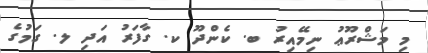
މި މަޝްރޫޢު ނިމޭއިރު ބ. ކެންދޫ ކ. ގާފަރު އަދި ލ. ގަމުގެ